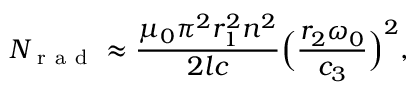
N _ { \mathrm { ~ r ~ a ~ d ~ } } \approx \frac { \mu _ { 0 } \pi ^ { 2 } r _ { 1 } ^ { 2 } n ^ { 2 } } { 2 l c } \Big ( \frac { r _ { 2 } \omega _ { 0 } } { c _ { 3 } } \Big ) ^ { 2 } ,